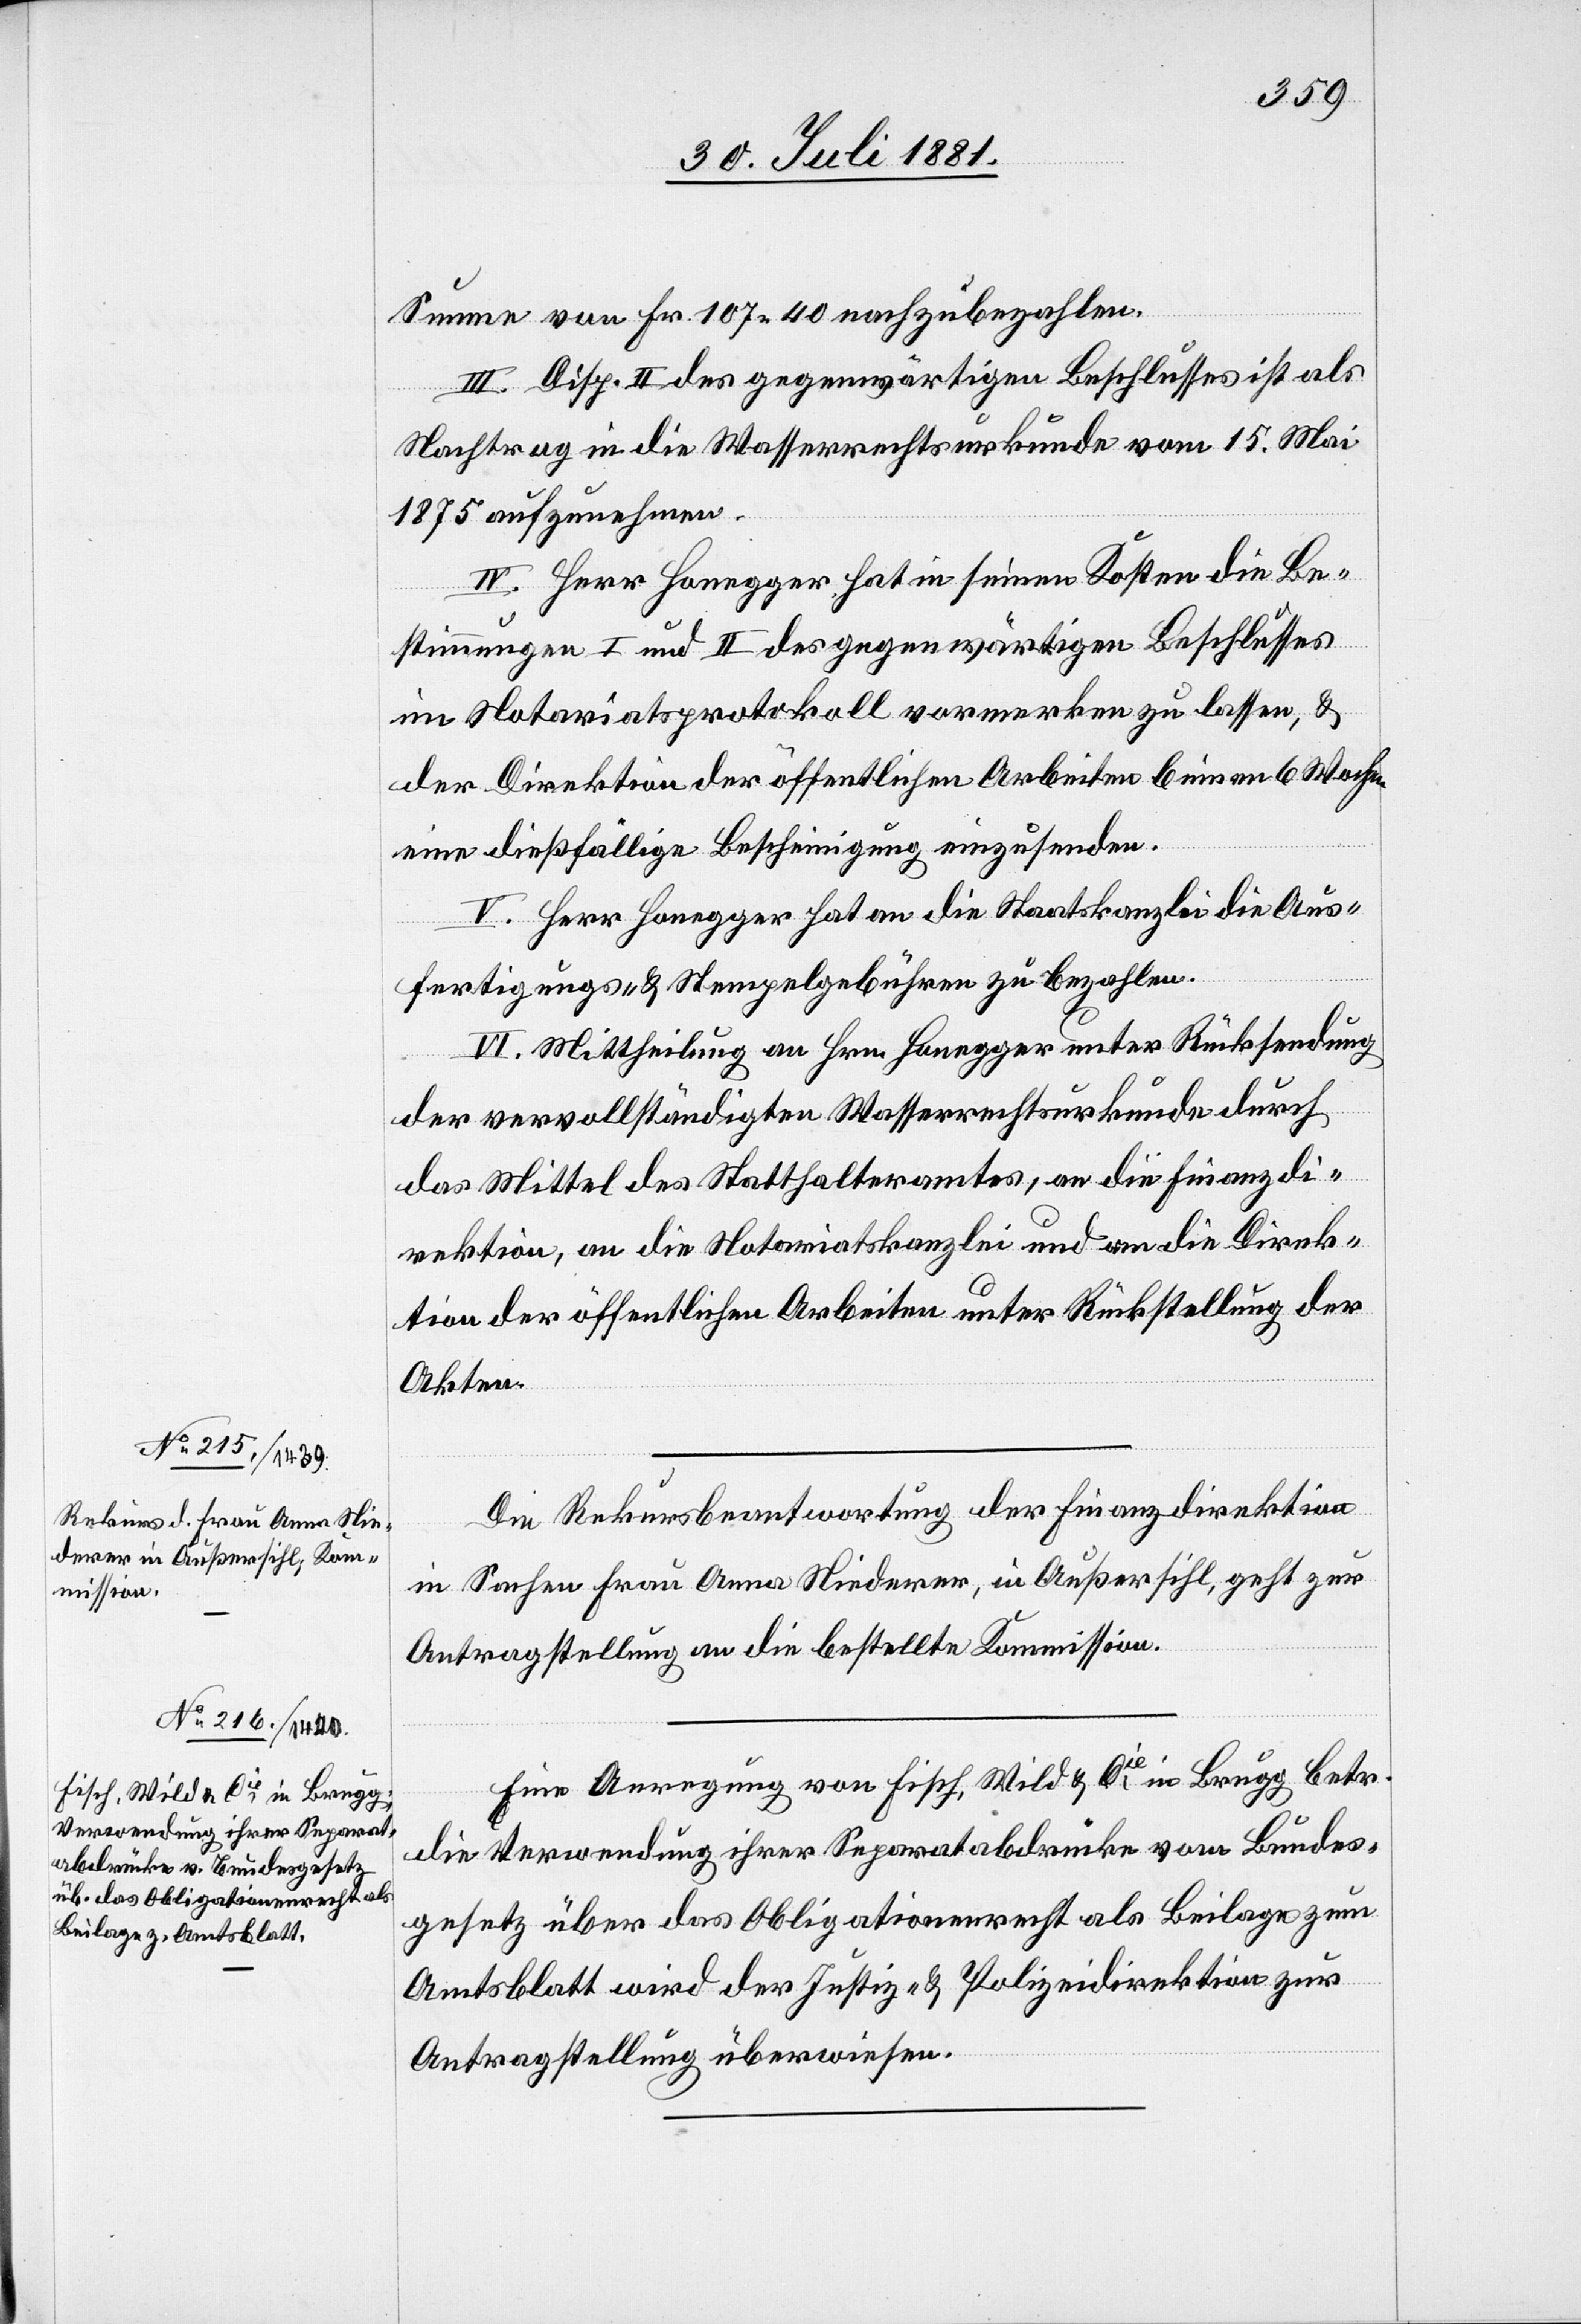
Summe von Fr. 107 40 nachzubezahlen.
III. Disp. II des gegenwärtigen Beschlusses ist als
Nachtrag in die Wasserrechtsurkunde vom 15. Mai
1875 aufzunehmen.
IV. Herr Honegger hat in seinen Kosten die Be¬
stimmungen I und II des gegenwärtigen Beschlusses
im Notariatsprotokoll vormerken zu lassen, &
der Direktion der öffentlichen Arbeiten binnen 6 Wochen
eine dießfällige Bescheinigung einzusenden.
V. Herr Honegger hat an die Staatskanzlei die Aus¬
fertigungs- & Stempelgebühren zu bezahlen.
VI. Mittheilung an Hrn. Honegger unter Rücksendung
der vervollständigten Wasserrechtsurkunde durch
das Mittel des Statthalteramtes, an die Finanzdi¬
rektion, an die Notariatskanzlei und an die Direk¬
tion der öffentlichen Arbeiten unter Rückstellung der
Akten.
Die Rekursbeantwortung der Finanzdirektion
in Sachen Frau Anna Niederer, in Außersihl, geht zur
Antragstellung an die bestellte Kommission.
Eine Anregung von Fisch, Wild & Cie, in Brugg betr.
die Verwendung ihrer Separatabdrücke vom Bundes¬
gesetz über das Obligationenrecht als Beilage zum
Amtsblatt wird der Justiz- & Polizeidirektion zur
Antragstellung überwiesen.